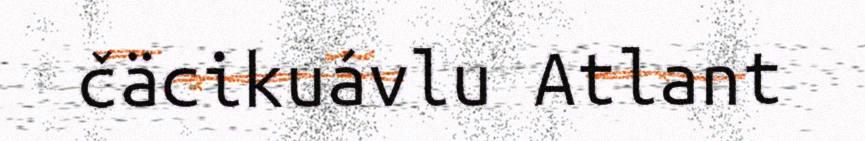
čäcikuávlu Atlant